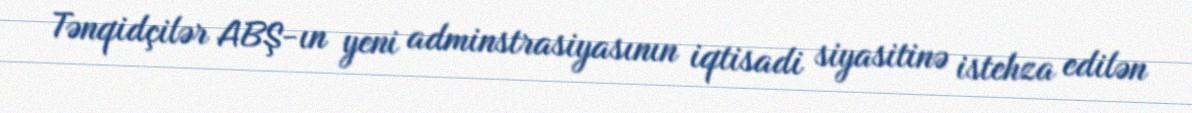
Tənqidçilər ABŞ-ın yeni adminstrasiyasının iqtisadi siyasitinə istehza edilən